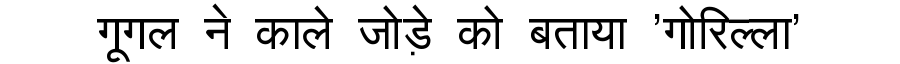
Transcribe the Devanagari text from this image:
गूगल ने काले जोड़े को बताया 'गोरिल्ला'